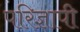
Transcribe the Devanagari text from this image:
परिज्ञापी